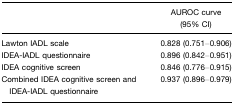
|  | AUROC curve (95% CI) |
 | --- | --- |
 | Lawton IADL scale | 0.828 (0.751–0.906) |
 | IDEA-IADL questionnaire | 0.896 (0.842–0.951) |
 | IDEA cognitive screen | 0.846 (0.776–0.915) |
 | Combined IDEA cognitive screen and IDEA-IADL questionnaire | 0.937 (0.896–0.979) |